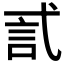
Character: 𰐐